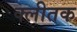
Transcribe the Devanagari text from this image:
क्लीतक